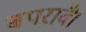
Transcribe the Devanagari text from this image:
बपरावै।